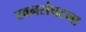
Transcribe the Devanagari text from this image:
स्वनसंघटना